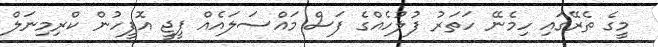
މީގެ ތެރޭގައި ހިމެނޭ ހަތަރު ފުލުހެއްގެ ފަސް މައްސަލައެއް ޕީޖީ އޮފީހުން ކްރިމިނަލް